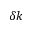
\delta k